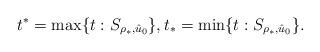
LaTeX: \begin{align*}t^*=\max\{t: S_{\rho_*,\hat u_0}\},t_*=\min\{t: S_{\rho_*, \hat u_0}\}.\end{align*}